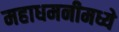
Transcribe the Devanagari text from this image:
महाधमनीमध्ये